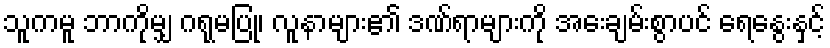
သူကမူ ဘာကိုမျှ ဂရုမပြု၊ လူနာများ၏ ဒဏ်ရာများကို အေးချမ်းစွာပင် ရေနွေးနှင့်